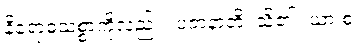
နိရောဓသစ္စာကိုလည်း။ ပဇာနာတိ၊ သိ၏။ ယာ စ